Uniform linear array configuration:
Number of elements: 64
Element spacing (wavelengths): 0.5
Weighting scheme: hamming
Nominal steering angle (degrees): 30
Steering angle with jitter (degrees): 31.874
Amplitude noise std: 0.05
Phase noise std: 0.05

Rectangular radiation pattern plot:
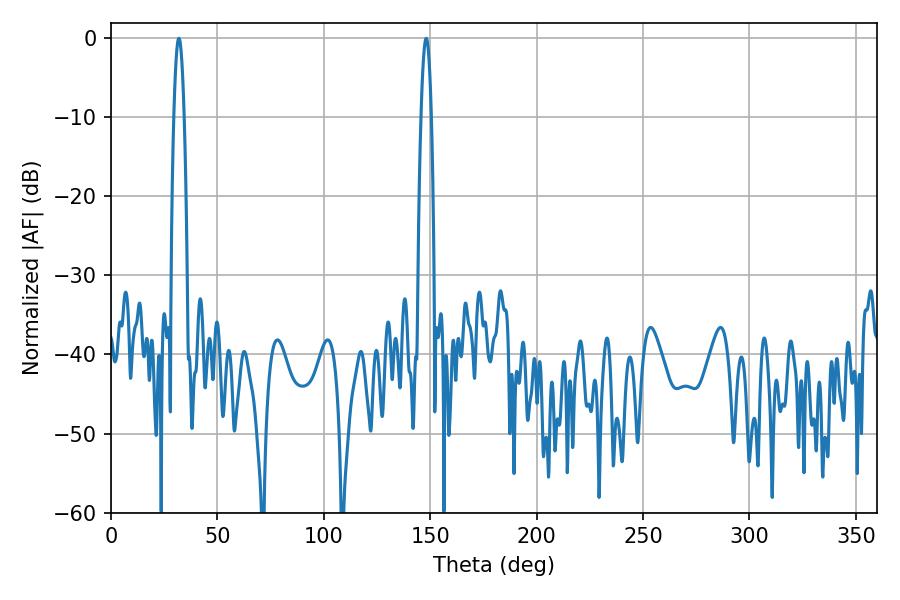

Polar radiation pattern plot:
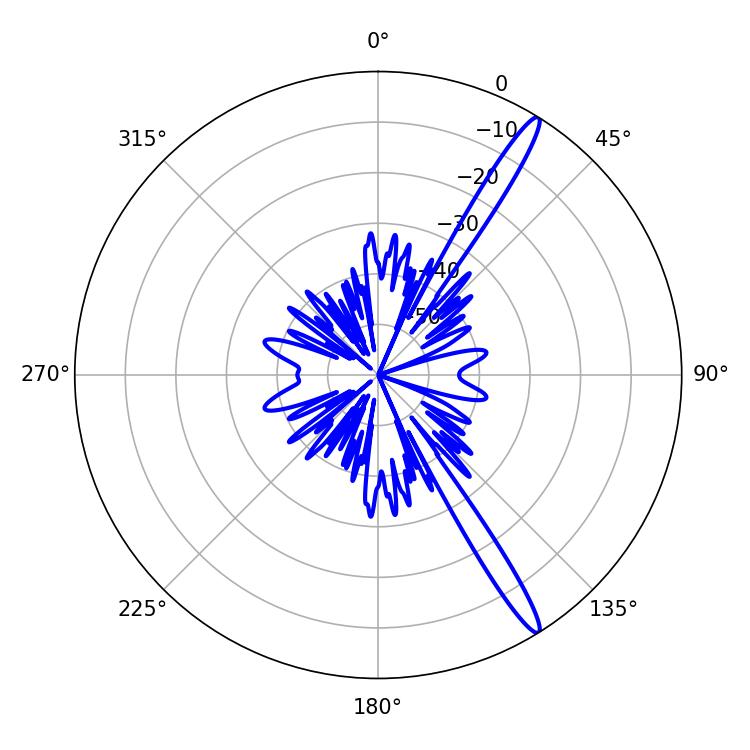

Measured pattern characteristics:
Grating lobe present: FALSE
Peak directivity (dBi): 15.707
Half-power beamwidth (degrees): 2.52
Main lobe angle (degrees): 31.86